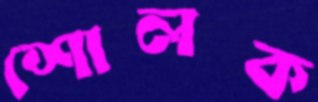
শোলক